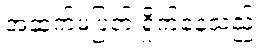
အဆက်မပြတ် ရှိုက်နေသည်။